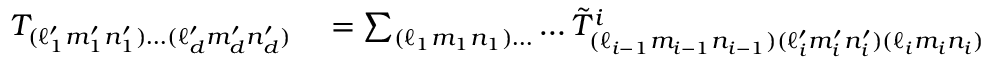
\begin{array} { r l } { T _ { ( \ell _ { 1 } ^ { \prime } m _ { 1 } ^ { \prime } n _ { 1 } ^ { \prime } ) \ldots ( \ell _ { d } ^ { \prime } m _ { d } ^ { \prime } n _ { d } ^ { \prime } ) } } & { { } = \sum _ { ( \ell _ { 1 } m _ { 1 } n _ { 1 } ) \ldots } \ldots \tilde { T } _ { ( \ell _ { i - 1 } m _ { i - 1 } n _ { i - 1 } ) ( \ell _ { i } ^ { \prime } m _ { i } ^ { \prime } n _ { i } ^ { \prime } ) ( \ell _ { i } m _ { i } n _ { i } ) } ^ { i } } \end{array}